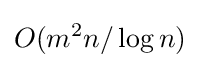
O(m^{2}n/\log n)